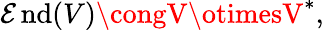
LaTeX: \operatorname{\mathcal{E}nd}(V)\congV\otimesV^{*},